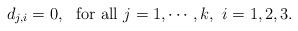
LaTeX: \begin{align*}d_{j,i}=0,~~\mbox{for all}~j=1,\cdots,k,~i=1,2,3.\end{align*}